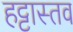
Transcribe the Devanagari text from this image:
हट्टास्तव